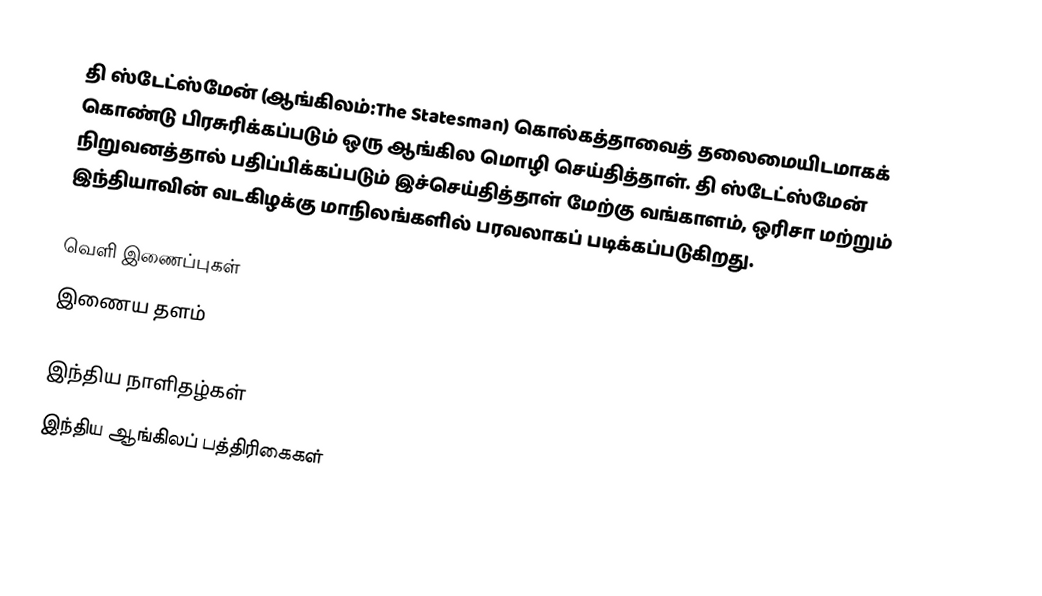
தி ஸ்டேட்ஸ்மேன் (ஆங்கிலம்:The Statesman)  கொல்கத்தாவைத் தலைமையிடமாகக் கொண்டு பிரசுரிக்கப்படும் ஒரு ஆங்கில மொழி செய்தித்தாள். தி ஸ்டேட்ஸ்மேன் நிறுவனத்தால் பதிப்பிக்கப்படும் இச்செய்தித்தாள் மேற்கு வங்காளம், ஒரிசா மற்றும் இந்தியாவின் வடகிழக்கு மாநிலங்களில் பரவலாகப் படிக்கப்படுகிறது.

வெளி இணைப்புகள்
   இணைய தளம்

இந்திய நாளிதழ்கள்
இந்திய ஆங்கிலப் பத்திரிகைகள்